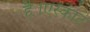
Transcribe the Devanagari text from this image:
है।एस्काट